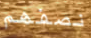
نصفهم